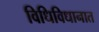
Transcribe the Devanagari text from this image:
विधिविधानात